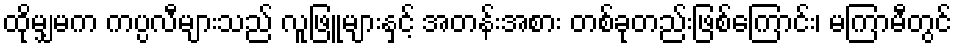
ထိုမျှမက ကပ္ပလီများသည် လူဖြူများနှင့် အတန်းအစား တစ်ခုတည်းဖြစ်ကြောင်း၊ မကြာမီတွင်